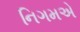
નિગમએ